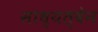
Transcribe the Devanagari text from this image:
साध्यत्वेन